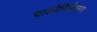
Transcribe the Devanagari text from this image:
चालीरितीनुसार